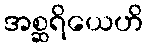
အစ္ဆရိယေဟိ